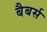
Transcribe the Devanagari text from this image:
बैबर्स